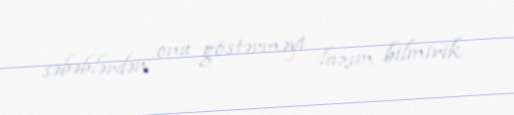
səbəblərdən onu göstərməyi lazım bilmirik.